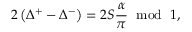
2 \left( \Delta ^ { + } - \Delta ^ { - } \right) = 2 S \frac { \alpha } { \pi } \, \, \bmod \, \, 1 ,